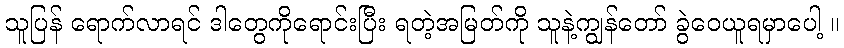
သူပြန် ရောက်လာရင် ဒါတွေကိုရောင်းပြီး ရတဲ့အမြတ်ကို သူနဲ့ကျွန်တော် ခွဲဝေယူရမှာပေါ့ ။